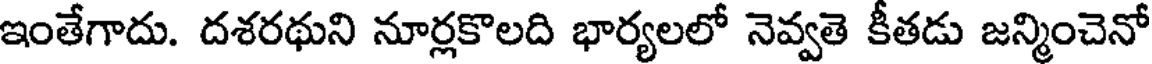
ఇంతేగాదు. దశరథుని నూర్లకొలది భార్యలలో నెవ్వతె కీతడు జన్మించెనో